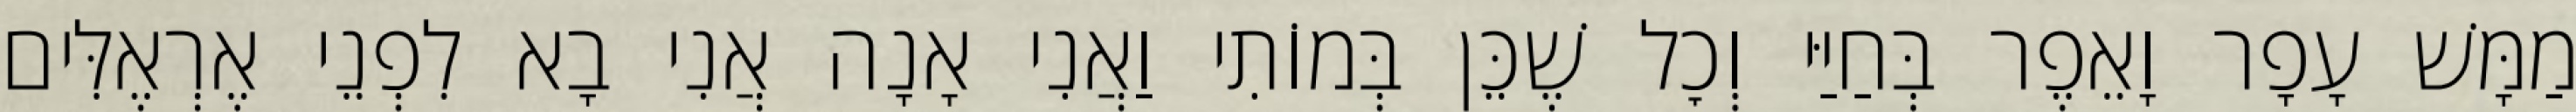
מַמָּשׁ עָפָר וָאֵפֶר בְּחַיַּי וְכׇל שֶׁכֵּן בְּמוֹתִי וַאֲנִי אָנָה אֲנִי בָא לִפְנֵי אֶרְאֶלִּים